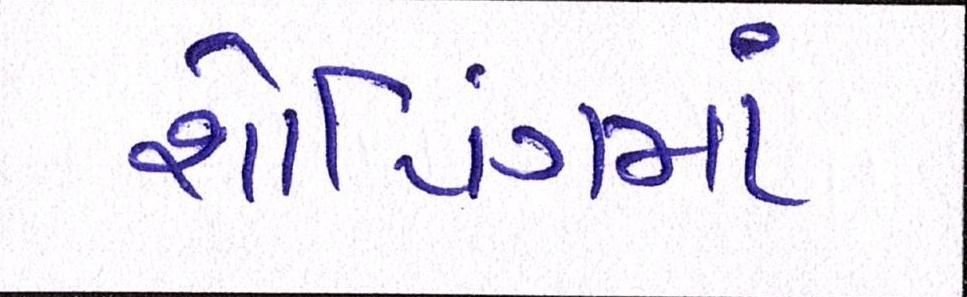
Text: શોપિંગમાં